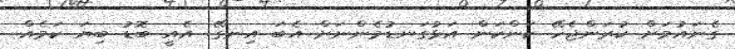
ގެނައުމަށް ކުރަންޖެހޭ ކަންކަން އަޅުގަނޑުމެންނަށް އެބަ އިނގޭ. އެއީ ބޮޑު ބިޔަ ކަމެއް